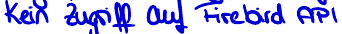
Kein Zugriff auf Firebird API